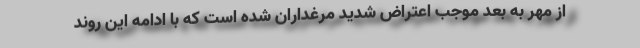
از مهر به بعد موجب اعتراض شدید مرغداران شده است که با ادامه این روند